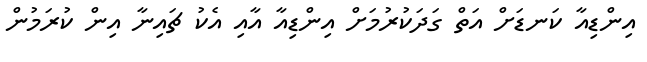
އިންޑިއާ ކަނޑަށް އަތް ގަދަކުރުމަށް އިންޑިއާ އާއި އެކު ޗައިނާ އިން ކުރަމުން